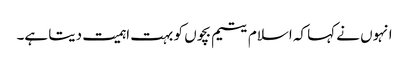
انہوں نے کہا کہ اسلام یتیم بچوں کو بہت اہمیت دیتا ہے۔